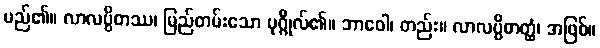
မည်၏။ လာလပ္ပိတဿ၊ မြည်တမ်းသော ပုဂ္ဂိုလ်၏။ ဘာဝေါ၊ တည်း။ လာလပ္ပိတတ္ထံ၊ အဖြစ်။